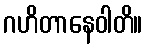
ဂဟိတာနေဝါတိ။